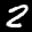
Label: 2